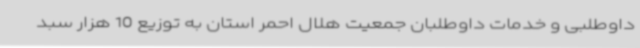
داوطلبی و خدمات داوطلبان جمعیت هلال احمر استان به توزیع 10 هزار سبد